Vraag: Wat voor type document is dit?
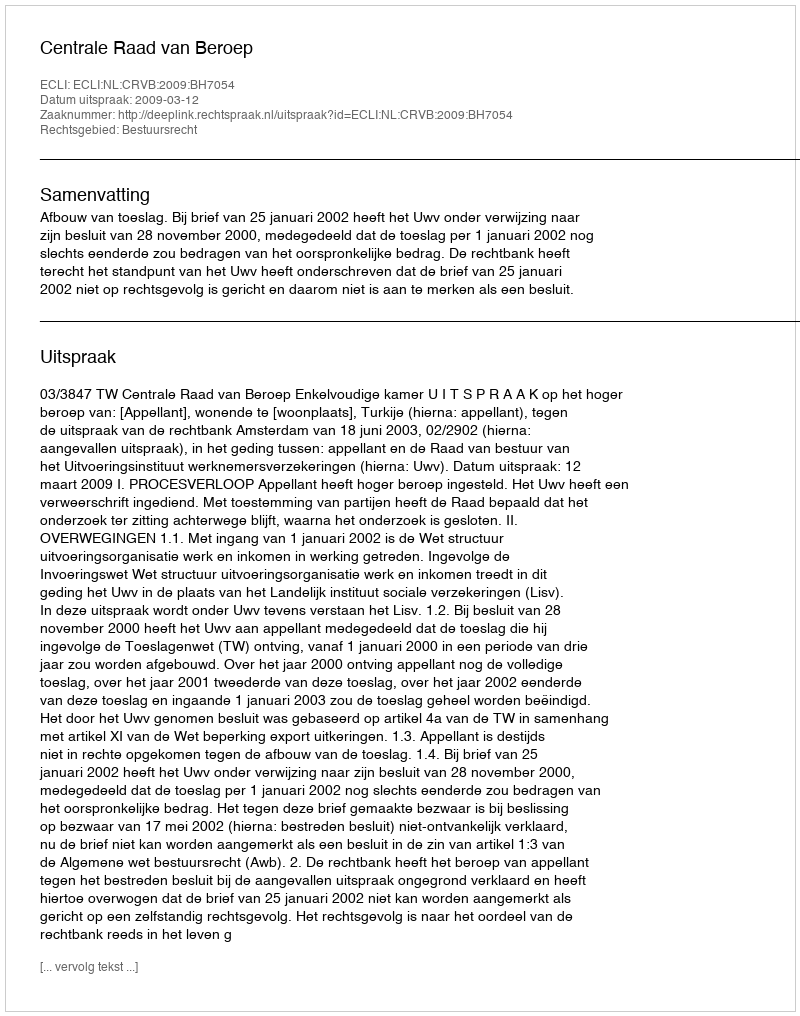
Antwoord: Uitspraak